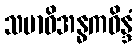
သမာဓိအန္ဓကဝိန္ဒံ